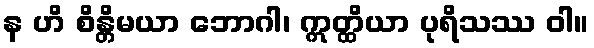
န ဟိ စိန္တိမယာ ဘောဂါ၊ ဣတ္ထိယာ ပုရိသဿ ဝါ။